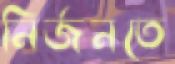
নির্জনতে